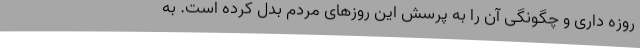
روزه داری و چگونگی آن را به پرسش این روزهای مردم بدل کرده است. به